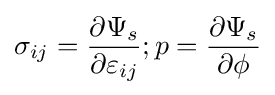
{\sigma _{ij}}={\frac {\partial {\Psi _{s}}}{\partial {\varepsilon _{ij}}}};p={\frac {\partial {\Psi _{s}}}{\partial \phi }}